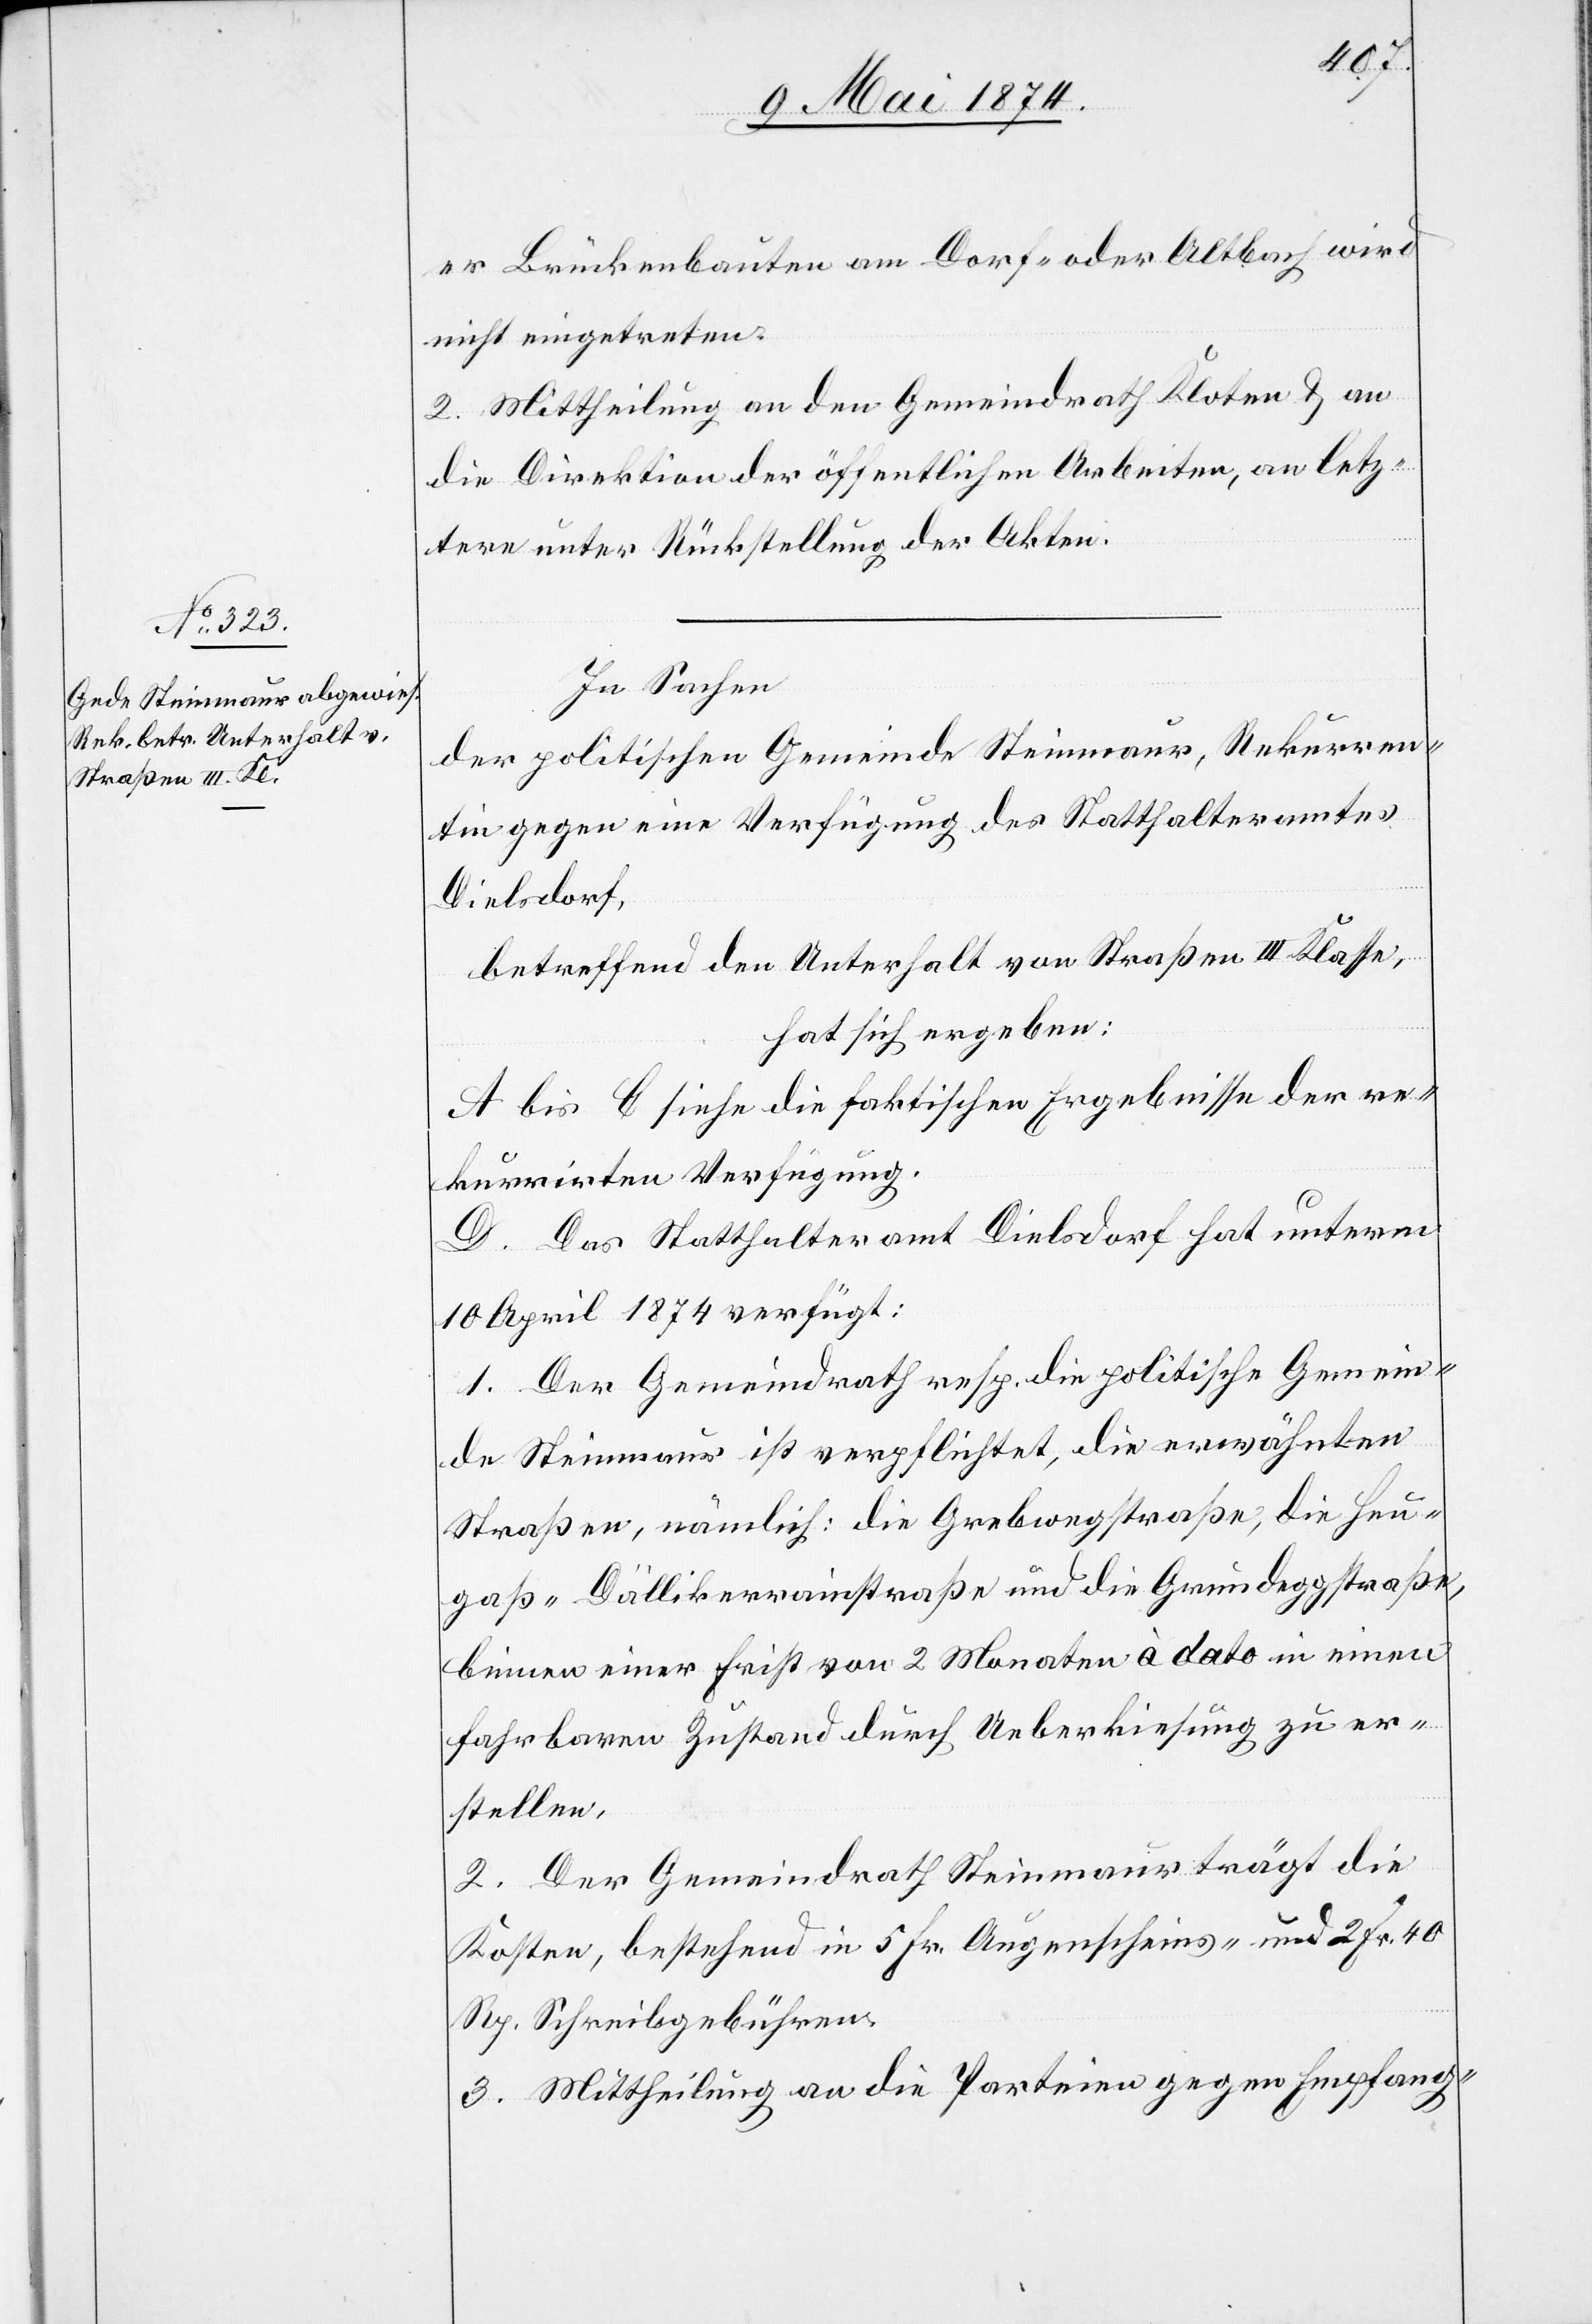
er Brückenbauten am Dorf- oder Altbach wird
nicht eingetreten.
2. Mittheilung an den Gemeindrath Kloten u. an
die Direktion der öffentlichen Arbeiten, an letz¬
tere unter Rückstellung der Akten.
In Sachen
der politischen Gemeinde Steinmaur, Rekurren¬
tin gegen eine Verfügung des Statthalteramtes
Dielsdorf,
betreffend den Unterhalt von Straßen III. Klasse,
hat sich ergeben:
A bis C siehe die faktischen Ergebnisse der re¬
kurrirten Verfügung.
D. Das Statthalteramt Dielsdorf hat unterm
10. April 1874 verfügt:
1. Der Gemeindrath resp. die politische Gemein¬
de Steinmaur ist verpflichtet, die erwähnten
Straßen, nämlich: die Grebwegstraße, die Heu¬
gaß-Dällikerrainstraße und die Grundeggstraße,
binnen einer Frist von 2 Monaten à dato in einen
fahrbaren Zustand durch Ueberkiesung zu er¬
stellen.
2. Der Gemeindrath Steinmaur trägt die
Kosten, bestehend in 5 Fr. Augenscheins- und 2 Fr. 40
Rp. Schreibgebühren.
3. Mittheilung an die Parteien gegen Empfang-